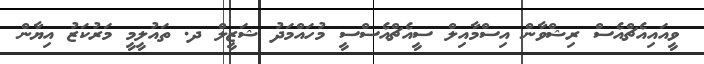
ވީއައިއެޗްއެސް ރިޝްވާން އިސްމާއިލް ސީއެޗްއެސްސީ މުހައްމަދު ޝަޒީލް ދ. ތައުލީމީ މަރުކަޒު އިޔާން